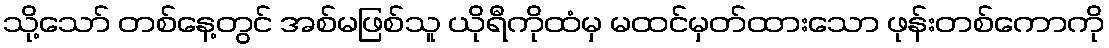
သို့သော် တစ်နေ့တွင် အစ်မဖြစ်သူ ယိုရီကိုထံမှ မထင်မှတ်ထားသော ဖုန်းတစ်ကောကို